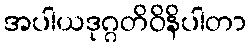
အပါယဒုဂ္ဂတိဝိနိပါတာ